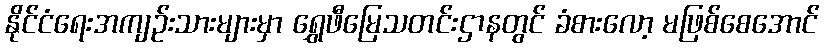
နိုင်ငံရေးအကျဉ်းသားများမှာ ရွှေဖီမြေသတင်းဌာနတွင် ခံစားလော့ မဖြစ်စေအောင်